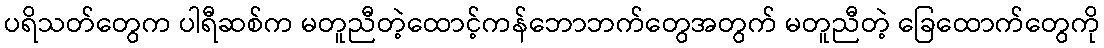
ပရိသတ်တွေက ပါရီဆစ်က မတူညီတဲ့ထောင့်ကန်ဘောဘက်တွေအတွက် မတူညီတဲ့ ခြေထောက်တွေကို